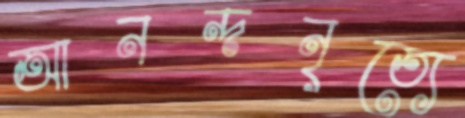
আনন্দনৃত্যে